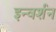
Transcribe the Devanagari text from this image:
इन्वर्शन